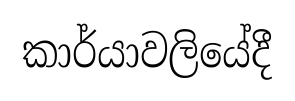
කාර්යාවලියේදී